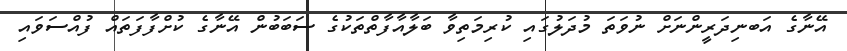
އޭނާގެ އަބނިދަރީންނަށް ނުވަތަ މުދަލުގައި ކުރިމަތިވާ ބަލާއާފާތްތަކުގެ ސަބަބުން އޭނާގެ ކުށްފާފަތައް ފުއްސަވައި